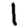
Digit: 1